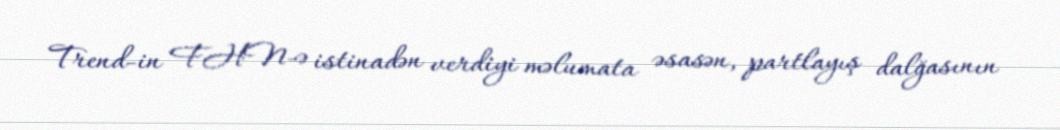
Trend-in FHN-ə istinadən verdiyi məlumata əsasən, partlayış dalğasının